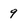
Character: 9